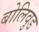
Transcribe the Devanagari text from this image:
बोलिवुड